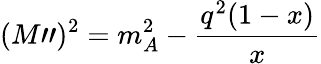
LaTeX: (M")^{2}=m_{A}^{2}-\frac{q^{2}(1-x)}{x}